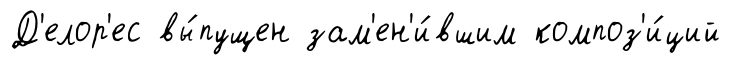
Д'елор'ес вы́пущен зам'ен'и́вшим композ'и́ций